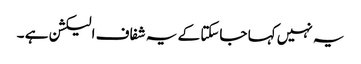
یہ نہیں کہا جاسکتا کے یہ شفاف الیکشن ہے ۔